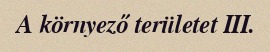
A környező területet III.